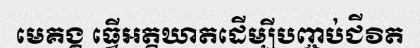
មេគង្គ ធ្វើអត្តឃាតដើម្បីបញ្ចប់ជីវិត